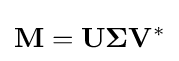
\mathbf {M} =\mathbf {U\Sigma V^{*}}